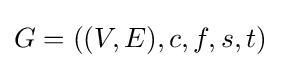
G=((V,E),c,f,s,t)